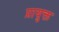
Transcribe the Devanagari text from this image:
प्रायुक्त